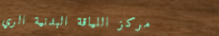
مركز اللياقة البدنية الري